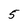
Character: 5